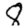
Digit: 8